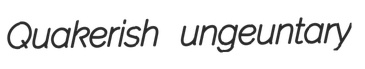
Quakerish ungeuntary